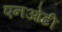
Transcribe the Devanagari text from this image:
एनओटी